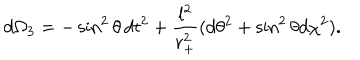
d \Omega _ { 3 } = - \sin ^ { 2 } { \theta } \, d t ^ { 2 } + \frac { l ^ { 2 } } { r _ { + } ^ { 2 } } ( d \theta ^ { 2 } + \sin ^ { 2 } { \theta } d \chi ^ { 2 } ) .